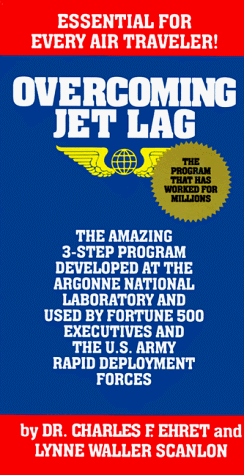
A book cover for Overcoming Jet Lag; Charles F. Ehret; Travel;